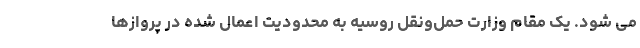
می شود. یک مقام وزارت حمل‌ونقل روسیه به محدودیت اعمال شده در پروازها